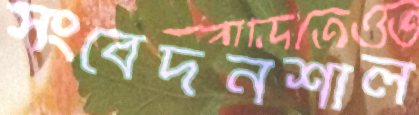
সংবেদনশীল